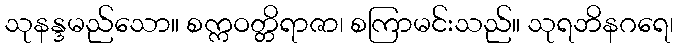
သုနန္ဒမည်သော။ စက္ကဝတ္တိရာဇာ၊ စကြာမင်းသည်။ သုရဘိနဂရေ၊